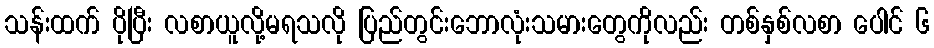
သန်းထက် ပိုပြီး လစာယူလို့မရသလို ပြည်တွင်းဘောလုံးသမားတွေကိုလည်း တစ်နှစ်လစာ ပေါင် ၆